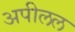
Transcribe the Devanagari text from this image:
अपीलल